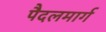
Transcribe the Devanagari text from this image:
पैदलमार्ग